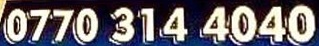
0770 314 4040